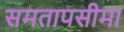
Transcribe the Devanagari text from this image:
समतापसीमा